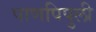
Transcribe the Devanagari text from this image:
पाणपिपुली